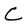
Character: C